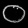
Digit: ၀